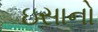
ઇસાનો